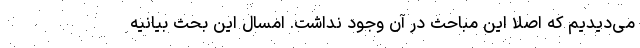
می‌دیدیم که اصلاً این مباحث در آن وجود نداشت. امسال این بحث بیانیه